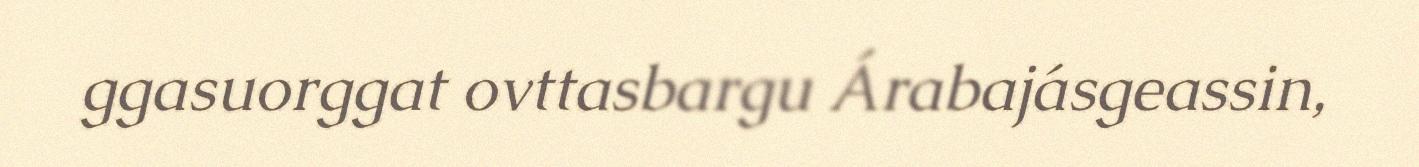
ggasuorggat ovttasbargu Árabajásgeassin,